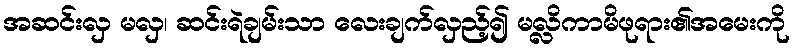
အဆင်းလှ မလှ၊ ဆင်းရဲချမ်းသာ လေးချက်လှည့်၍ မလ္လိကာမိဖုရား၏အမေးကို